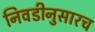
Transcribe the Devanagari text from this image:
निवडीनुसारच